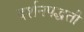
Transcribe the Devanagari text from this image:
दर्शनपद्धती